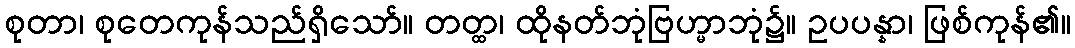
စုတာ၊ စုတေကုန်သည်ရှိသော်။ တတ္ထ၊ ထိုနတ်ဘုံဗြဟ္မာဘုံ၌။ ဥပပန္နာ၊ ဖြစ်ကုန်၏။